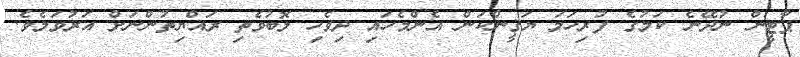
ޕާޓީން ނުދޭނެ ކަމުގެ ފުރިހަމަ ޔަޤީންކަން އެންމެހައި ދިވެހި ލޮބުވެތި ރައްޔިތުންނަށް އަރުވަމެވެ.